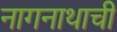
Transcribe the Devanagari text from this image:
नागनाथाची